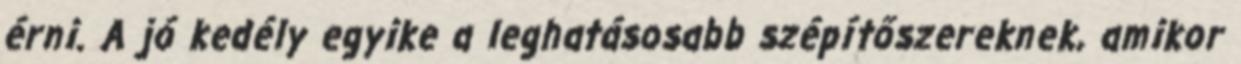
érni. A jó kedély egyike a leghatásosabb szépítőszereknek, amikor